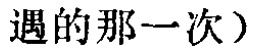
遇的那一次）